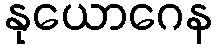
နုယောဂေန